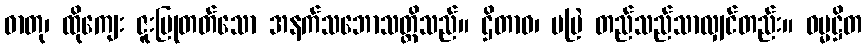
ဓာတု၊ ထိုကျေး ဇူးပြုတတ်သော အနက်သဘောသတ္တိသည်။ ဌိတာဝ၊ မမြဲ တည်သည်သာလျှင်တည်း။ ဓမ္မဋ္ဌိတ